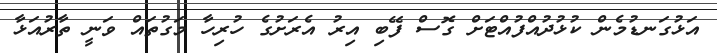
އަޅުގަނޑުމެން ކުޅުދުއްފުއްޓަށް ގޮސް ފޭބި އިރު އެރަށުގެ ހުރިހާ މަގުތައް ވަނީ ތާރުއަޅާ